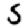
Digit: 5